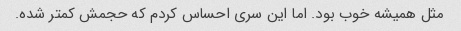
مثل همیشه خوب بود. اما این سری احساس کردم که حجمش کمتر شده.